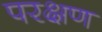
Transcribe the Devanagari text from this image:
परक्षण